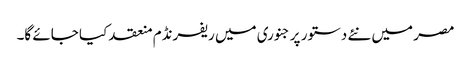
مصر میں نئے دستور پر جنوری میں ریفرنڈم منعقد کیا جائے گا۔